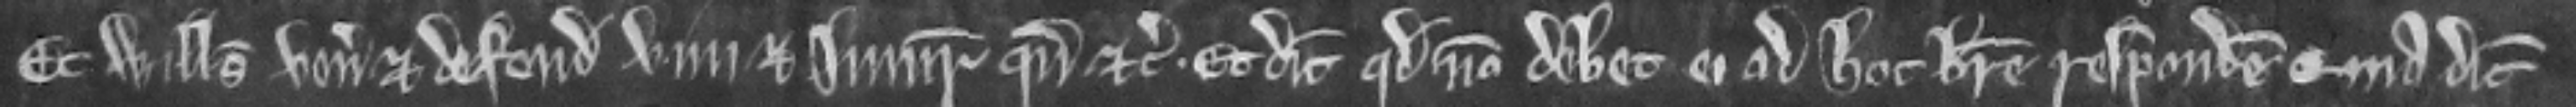
Et Willelmus venit et defendit vim et injuriam quando etc. Et dicit quod non debet ei ad hoc breve respondere quia dicit